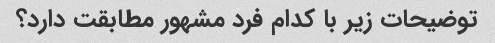
توضیحات زیر با کدام فرد مشهور مطابقت دارد؟